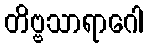
တိဗ္ဗသာရာဂေါ